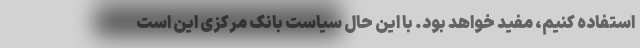
استفاده کنیم، مفید خواهد بود. با این حال سیاست بانک مرکزی این است